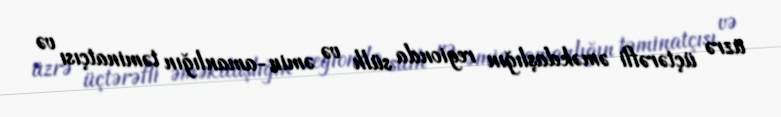
üzrə üçtərəfli əməkdaşlığın regionda sülh və əmin-amanlığın təminatçısı və